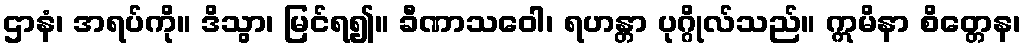
ဌာနံ၊ အရပ်ကို။ ဒိသွာ၊ မြင်ရ၍။ ခီဏာသဝေါ၊ ရဟန္တာ ပုဂ္ဂိုလ်သည်။ ဣမိနာ စိတ္တေန၊